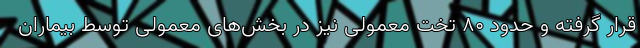
قرار گرفته و حدود ۸۰ تخت معمولی نیز در بخش‌های معمولی توسط بیماران